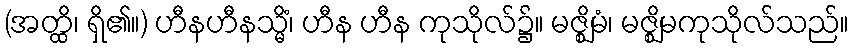
(အတ္ထိ၊ ရှိ၏။) ဟီနဟီနသ္မိံ၊ ဟီန ဟီန ကုသိုလ်၌။ မဇ္ဈိမံ၊ မဇ္ဈိမကုသိုလ်သည်။